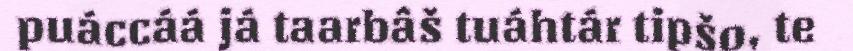
puáccáá já taarbâš tuáhtár tipšo, te